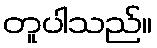
တူပါသည်။